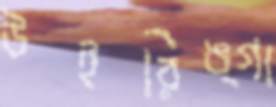
উইরিঙ্গা